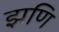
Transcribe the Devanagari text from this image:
झणि